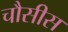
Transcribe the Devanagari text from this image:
चौसीस